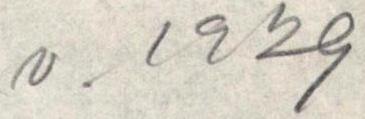
v. 1929